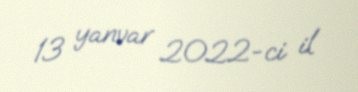
13 yanvar 2022-ci il